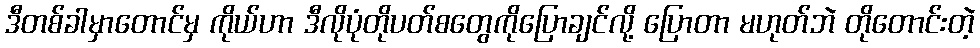
ဒီတစ်ခါမှာတောင်မှ ကိုယ်ဟာ ဒီလိုပုံတိုပတ်စတွေကိုပြောချင်လို့ ပြောတာ မဟုတ်ဘဲ တိုတောင်းတဲ့